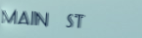
main st